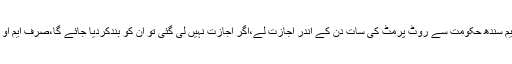
انہوں نے نجی کمپنی کو وارننگ دیتے ہوئے کہا کہ اوبر اور کریم سندھ حکومت سے روٹ پرمٹ کی سات دن کے اندر اجازت لے،اگر اجازت نہیں لی گئی تو ان کو بندکردیا جائے گا،صرف ایم او یو پر دستخط ہوئے تھے، پہر تین سال تک ان سے جواب نہیں آیا۔